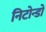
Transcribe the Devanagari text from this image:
निटोन्डो